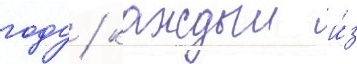
году / каждыи и́з